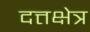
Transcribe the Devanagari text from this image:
दत्तक्षेत्र